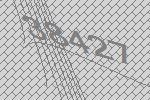
38427